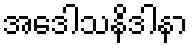
အဒေါသနိဒါနာ